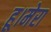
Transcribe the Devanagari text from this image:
हू।मेरा